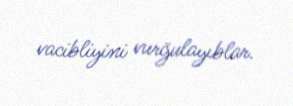
vacibliyini vurğulayıblar.